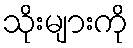
သိုးများကို